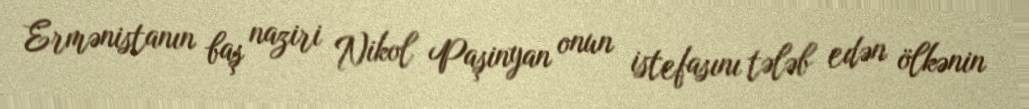
Ermənistanın baş naziri Nikol Paşinyan onun istefasını tələb edən ölkənin